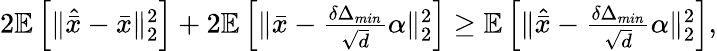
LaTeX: \begin{array}{r}{2\mathbb{E}\left[\| \hat{\bar{x}}-\bar{x}\| _{2}^{2}\right]+2\mathbb{E}\left[\| \bar{x}-\frac{\delta\Delta_{min}}{\sqrt{d}}\alpha\| _{2}^{2}\right]\geq\mathbb{E}\left[\| \hat{\bar{x}}-\frac{\delta\Delta_{min}}{\sqrt{d}}\alpha\| _{2}^{2}\right],}\end{array}